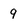
Character: 9